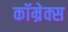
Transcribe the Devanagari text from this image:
कॉम्रेक्स